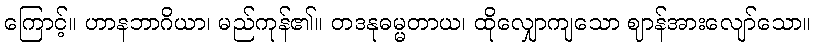
ကြောင့်။ ဟာနဘာဂိယာ၊ မည်ကုန်၏။ တဒနုဓမ္မတာယ၊ ထိုလျှောကျသော ဈာန်အားလျော်သော။